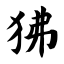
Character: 狒